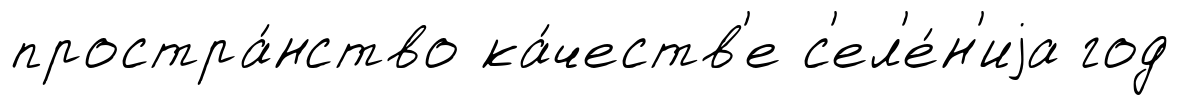
простра́нство ка́честв'е с'ел'е́н'иjа год